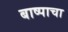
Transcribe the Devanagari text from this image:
बाष्पाचा